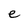
Character: e